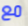
مع